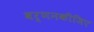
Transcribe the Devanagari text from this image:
वर्णनकीजिए